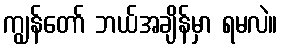
ကျွန်တော် ဘယ်အချိန်မှာ ရမလဲ။